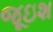
જૂઇશ